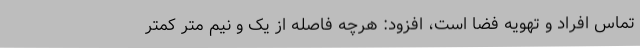
تماس افراد و تهویه فضا است، افزود: هرچه فاصله از یک و نیم متر کمتر